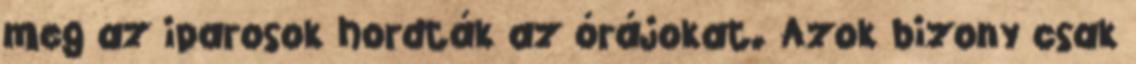
meg az iparosok hordták az órájokat. Azok bizony csak